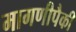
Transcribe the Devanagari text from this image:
मागणीपैकी